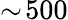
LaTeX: \sim\! 500